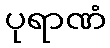
ပုရာဏံ